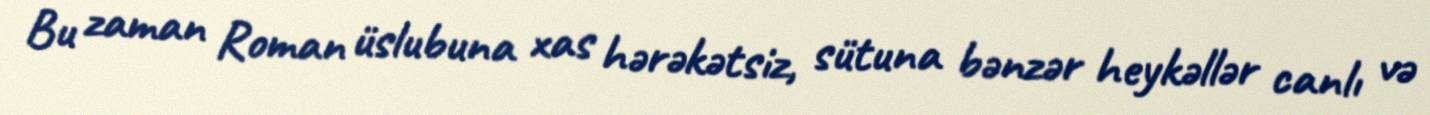
Bu zaman Roman üslubuna xas hərəkətsiz, sütuna bənzər heykəllər canlı və